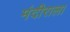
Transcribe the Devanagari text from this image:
मंदीराला